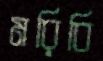
মরিবি